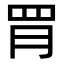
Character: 𦚋